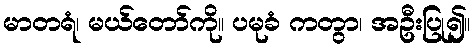
မာတရံ၊ မယ်တော်ကို။ ပမုခံ ကတွာ၊ အဦးပြု၍။